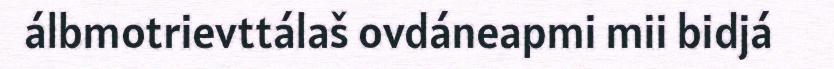
álbmotrievttálaš ovdáneapmi mii bidjá